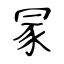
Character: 冡